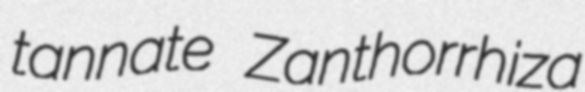
tannate Zanthorrhiza